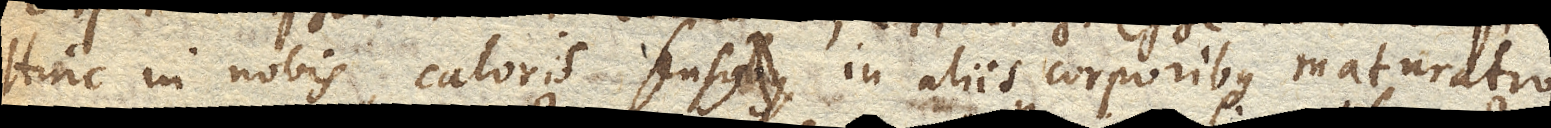
Hinc in nobis caloris sensus, in aliis corporibus maturatio